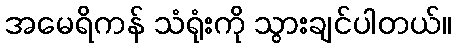
အမေရိကန် သံရုံးကို သွားချင်ပါတယ်။